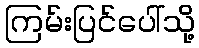
ကြမ်းပြင်ပေါ်သို့